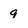
Character: g